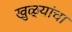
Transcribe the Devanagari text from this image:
खुळ्यांचा